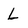
Character: L